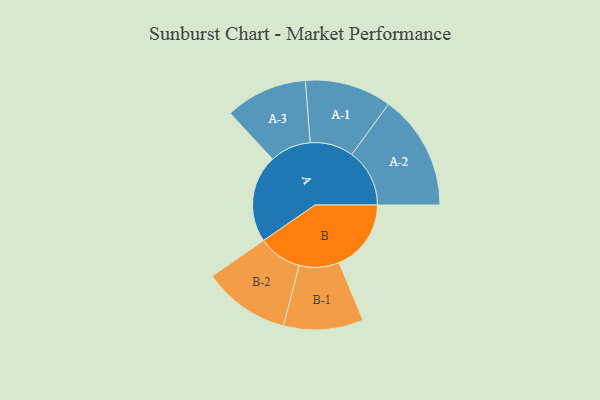
{"axis": {"x": "Segment", "y": "Value"}, "legend": ["", "A", "B"], "data": [{"x": "A", "y": 378, "type": ""}, {"x": "B", "y": 311, "type": ""}, {"x": "A-1", "y": 187, "type": "A"}, {"x": "A-2", "y": 249, "type": "A"}, {"x": "A-3", "y": 177, "type": "A"}, {"x": "B-1", "y": 172, "type": "B"}, {"x": "B-2", "y": 188, "type": "B"}]}